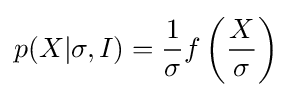
p(X|\sigma ,I)={1 \over \sigma }f\left({X \over \sigma }\right)